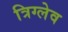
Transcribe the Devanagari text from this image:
त्रिग्लेव